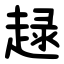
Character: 趢